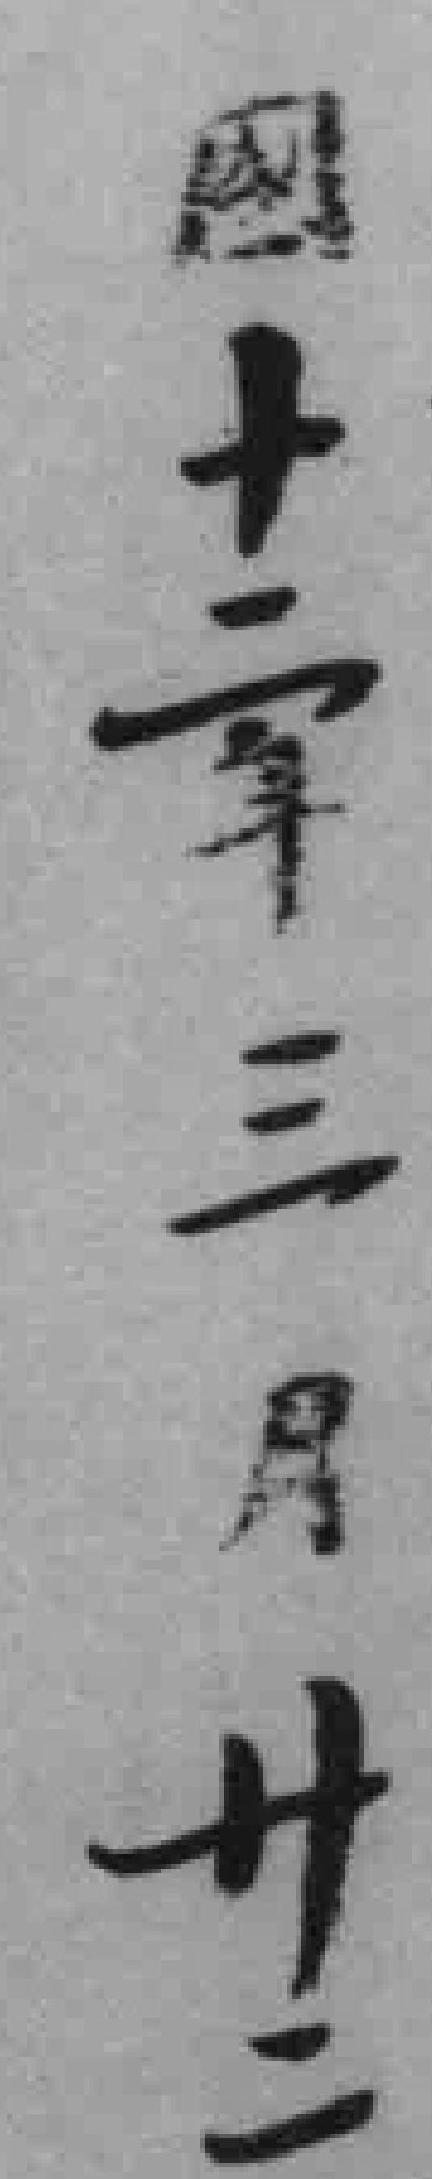
國十二年三月卄二